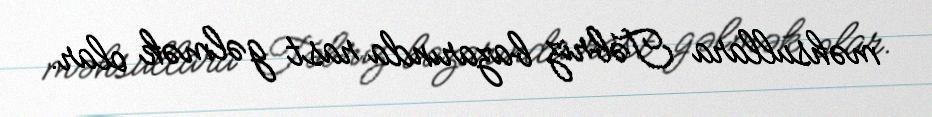
məhsullara Təbriz bazarında rast gəlmək olar.